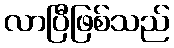
လာပြီဖြစ်သည်